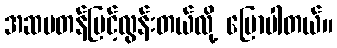
အဆမတန်မြင့်လွန်းတယ်လို့ ပြောပါတယ်။